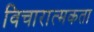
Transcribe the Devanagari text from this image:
विचारात्मकता